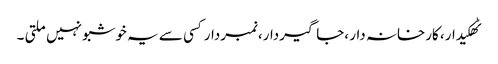
ٹھکیدار، کارخانہ دار ،جاگیردار،نمبردارکسی سے یہ خوشبو نہیں ملتی ۔